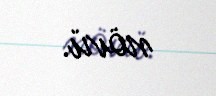
növü.